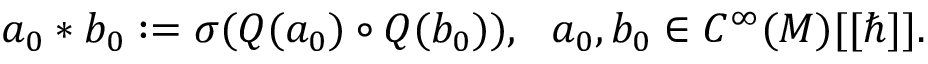
a _ { 0 } * b _ { 0 } : = \sigma ( Q ( a _ { 0 } ) \circ Q ( b _ { 0 } ) ) , \ \ a _ { 0 } , b _ { 0 } \in C ^ { \infty } ( M ) [ [ \hbar ] ] .